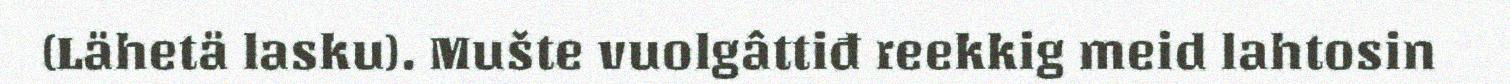
(Lähetä lasku). Mušte vuolgâttiđ reekkig meid lahtosin